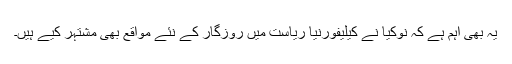
یہ بھی اہم ہے کہ نوکیا نے کیلیفورنیا ریاست میں روزگار کے نئے مواقع بھی مشتہر کیے ہیں۔